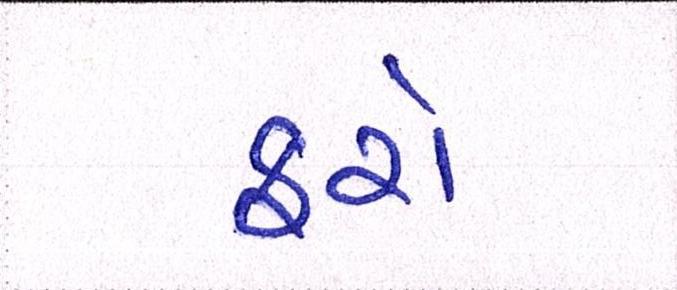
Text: ફરો